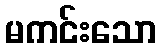
မကင်းသော